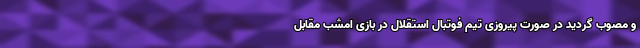
و مصوب گردید در صورت پیروزی تیم فوتبال استقلال در بازی امشب مقابل